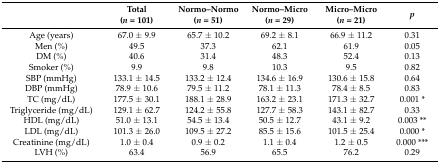
|  | Total (n = 101) | Normo–Normo (n = 51) | Normo–Micro (n = 29) | Micro–Micro (n = 21) | p |
 | --- | --- | --- | --- | --- | --- |
 | Age (years) | 67.0 ± 9.9 | 65.7 ± 10.2 | 69.2 ± 8.1 | 66.9 ± 11.2 | 0.31 |
 | Men (%) | 49.5 | 37.3 | 62.1 | 61.9 | 0.05 |
 | DM (%) | 40.6 | 31.4 | 48.3 | 52.4 | 0.13 |
 | Smoker (%) | 9.9 | 9.8 | 10.3 | 9.5 | 0.82 |
 | SBP (mmHg) | 133.1 ± 14.5 | 133.2 ± 12.4 | 134.6 ± 16.9 | 130.6 ± 15.8 | 0.64 |
 | DBP (mmHg) | 78.9 ± 10.6 | 79.5 ± 11.2 | 78.1 ± 11.3 | 78.4 ± 8.5 | 0.83 |
 | TC (mg/dL) | 177.5 ± 30.1 | 188.1 ± 28.9 | 163.2 ± 23.1 | 171.3 ± 32.7 | 0.001 * |
 | Triglyceride (mg/dL) | 129.1 ± 62.7 | 124.2 ± 55.8 | 127.7 ± 58.3 | 143.1 ± 82.7 | 0.33 |
 | HDL (mg/dL) | 51.0 ± 13.1 | 54.5 ± 13.4 | 50.5 ± 12.7 | 43.1 ± 9.2 | 0.003 ** |
 | LDL (mg/dL) | 101.3 ± 26.0 | 109.5 ± 27.2 | 85.5 ± 15.6 | 101.5 ± 25.4 | 0.000 * |
 | Creatinine (mg/dL) | 1.0 ± 0.4 | 0.9 ± 0.2 | 1.1 ± 0.4 | 1.2 ± 0.5 | 0.000 *** |
 | LVH (%) | 63.4 | 56.9 | 65.5 | 76.2 | 0.29 |